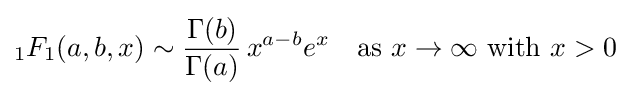
{}_{1}F_{1}(a,b,x)\sim {\frac {\Gamma (b)}{\Gamma (a)}}\,x^{a-b}e^{x}\quad {\text{as }}x\to \infty {\text{ with }}x>0